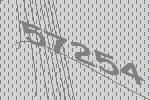
57254